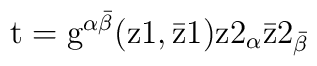
\rm t= g^{\alpha\bar\beta} (z1,\bar z1) z2_\alpha \bar z2_{\bar\beta}